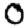
Digit: 0